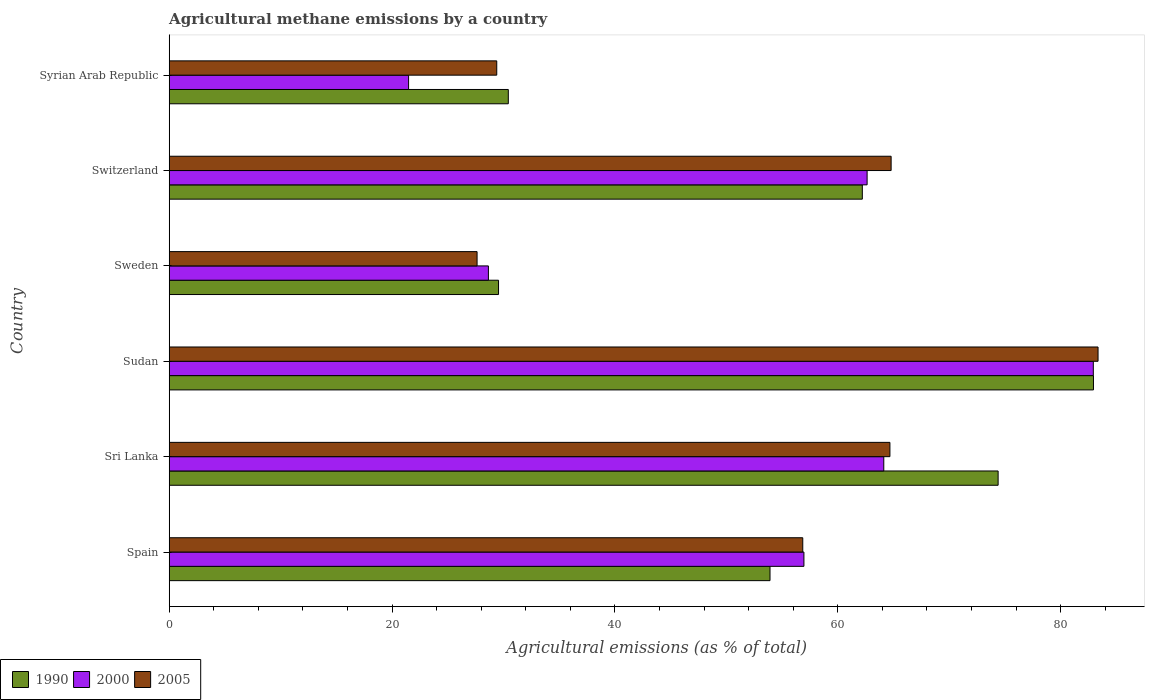
| Country | 1990 | 2000 | 2005 |
 | --- | --- | --- | --- |
 | Spain | 53.9 | 57 | 56.9 |
 | Sri Lanka | 74.4 | 64.1 | 64.7 |
 | Sudan | 82.9 | 82.9 | 83.4 |
 | Sweden | 29.6 | 28.6 | 27.6 |
 | Switzerland | 62.2 | 62.6 | 64.8 |
 | Syrian Arab Republic | 30.4 | 21.5 | 29.4 |